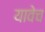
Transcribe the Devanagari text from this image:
यावेच